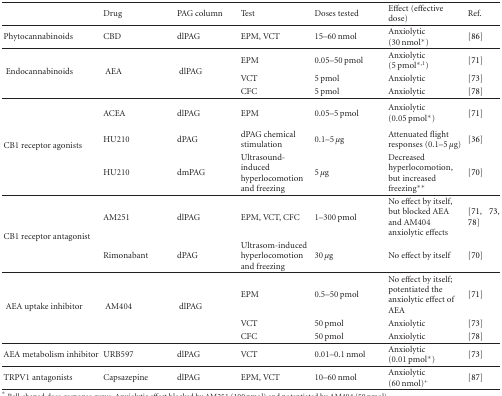
<table><thead><tr><td></td><td><b>Drug</b></td><td><b>PAG column</b></td><td><b>Test</b></td><td><b>Doses tested</b></td><td><b>Effect (effective dose)</b></td><td><b>Ref.</b></td></tr></thead><tbody><tr><td>Phytocannabinoids</td><td>CBD</td><td>dlPAG</td><td>EPM, VCT</td><td>15–60 nmol</td><td>Anxiolytic (30 nmol*)</td><td>[86]</td></tr><tr><td rowspan="3"> Endocannabinoids</td><td rowspan="3">AEA</td><td rowspan="3"> dlPAG</td><td>EPM</td><td>0.05–50 pmol</td><td>Anxiolytic (5 pmol*<sup>,1</sup>)</td><td>[71]</td></tr><tr><td>VCT</td><td>5 pmol</td><td>Anxiolytic</td><td>[73]</td></tr><tr><td>CFC</td><td>5 pmol</td><td>Anxiolytic</td><td>[78]</td></tr><tr><td rowspan="3"> CB1 receptor agonists</td><td>ACEA</td><td>dlPAG</td><td>EPM</td><td>0.05–5 pmol</td><td>Anxiolytic (0.05 pmol*)</td><td>[71]</td></tr><tr><td>HU210</td><td>dPAG</td><td>dPAG chemicalstimulation</td><td>0.1–5 <i>μ</i>g</td><td>Attenuated flightresponses (0.1–5 <i>μ</i>g)</td><td>[36]</td></tr><tr><td>HU210</td><td>dmPAG</td><td>Ultrasound-induced hyperlocomotion and freezing</td><td>5 <i>μ</i>g</td><td>Decreased hyperlocomotion, but increased freezing**</td><td>[70]</td></tr><tr><td rowspan="2"> CB1 receptorantagonist</td><td>AM251</td><td>dlPAG</td><td>EPM, VCT, CFC</td><td>1–300 pmol</td><td>No effect by itself, but blocked AEA and AM404 anxiolytic effects</td><td>[71, 73, 78]</td></tr><tr><td>Rimonabant</td><td>dPAG</td><td>Ultrasom-induced hyperlocomotion and freezing</td><td>30 <i>μ</i>g</td><td>No effect by itself</td><td>[70]</td></tr><tr><td rowspan="3"> AEA uptake inhibitor</td><td rowspan="3">AM404</td><td rowspan="3"> dlPAG</td><td>EPM</td><td>0.5–50 pmol</td><td>No effect by itself; potentiated the anxiolytic effect of AEA</td><td>[71]</td></tr><tr><td>VCT</td><td>50 pmol</td><td>Anxiolytic</td><td>[73]</td></tr><tr><td>CFC</td><td>50 pmol</td><td>Anxiolytic</td><td>[78]</td></tr><tr><td>AEA metabolism inhibitor</td><td>URB597</td><td>dlPAG</td><td>VCT</td><td>0.01–0.1 nmol</td><td>Anxiolytic (0.01 pmol*)</td><td>[73]</td></tr><tr><td>TRPV1 antagonists</td><td>Capsazepine</td><td>dlPAG</td><td>EPM,VCT</td><td>10–60 nmol</td><td>Anxiolytic (60 nmol)<sup>+</sup></td><td>[87]</td></tr></tbody></table>